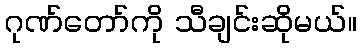
ဂုဏ်တော်ကို သီချင်းဆိုမယ်။